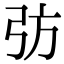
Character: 𢎷